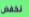
نخفض